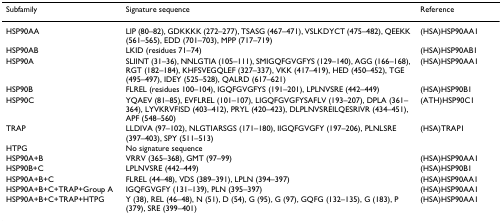
| Subfamily | Signature sequence | Reference |
 | --- | --- | --- |
 | HSP90AA | LIP (80–82), GDKKKK (272–277), TSASG (467–471), VSLKDYCT (475–482), QEEKK (561–565), EDD (701–703), MPP (717–719) | (HSA)HSP90AA1 |
 | HSP90AB | LKID (residues 71–74) | (HSA)HSP90AB1 |
 | HSP90A | SLIINT (31–36), NNLGTIA (105–111), SMIGQFGVGFYS (129–140), AGG (166–168), RGT (182–184), KHFSVEGQLEF (327–337), VKK (417–419), HED (450–452), TGE (495–497), IDEY (525–528), QALRD (617–621) | (HSA)HSP90AA1 |
 | HSP90B | FLREL (residues 100–104), IGQFGVGFYS (191–201), LPLNVSRE (442–449) | (HSA)HSP90B1 |
 | HSP90C | YQAEV (81–85), EVFLREL (101–107), LIGQFGVGFYSAFLV (193–207), DPLA (361–364), LYVKRVFISD (403–412), PRYL (420–423), DLPLNVSREILQESRIVR (434–451), APF (548–560) | (ATH)HSP90C1 |
 | TRAP | LLDIVA (97–102), NLGTIARSGS (171–180), IIGQFGVGFY (197–206), PLNLSRE (397–403), SPY (511–513) | (HSA)TRAP1 |
 | HTPG | No signature sequence |  |
 | HSP90A+B | VRRV (365–368), GMT (97–99) | (HSA)HSP90AA1 |
 | HSP90B+C | LPLNVSRE (442–449) | (HSA)HSP90B1 |
 | HSP90A+B+C | FLREL (44–48), VDS (389–391), LPLN (394–397) | (HSA)HSP90AA1 |
 | HSP90A+B+C+TRAP+Group A | IGQFGVGFY (131–139), PLN (395–397) | (HSA)HSP90AA1 |
 | HSP90A+B+C+TRAP+HTPG | Y (38), REL (46–48), N (51), D (54), G (95), G (97), GQFG (132–135), G (183), P (379), SRE (399–401) | (HSA)HSP90AA1 |